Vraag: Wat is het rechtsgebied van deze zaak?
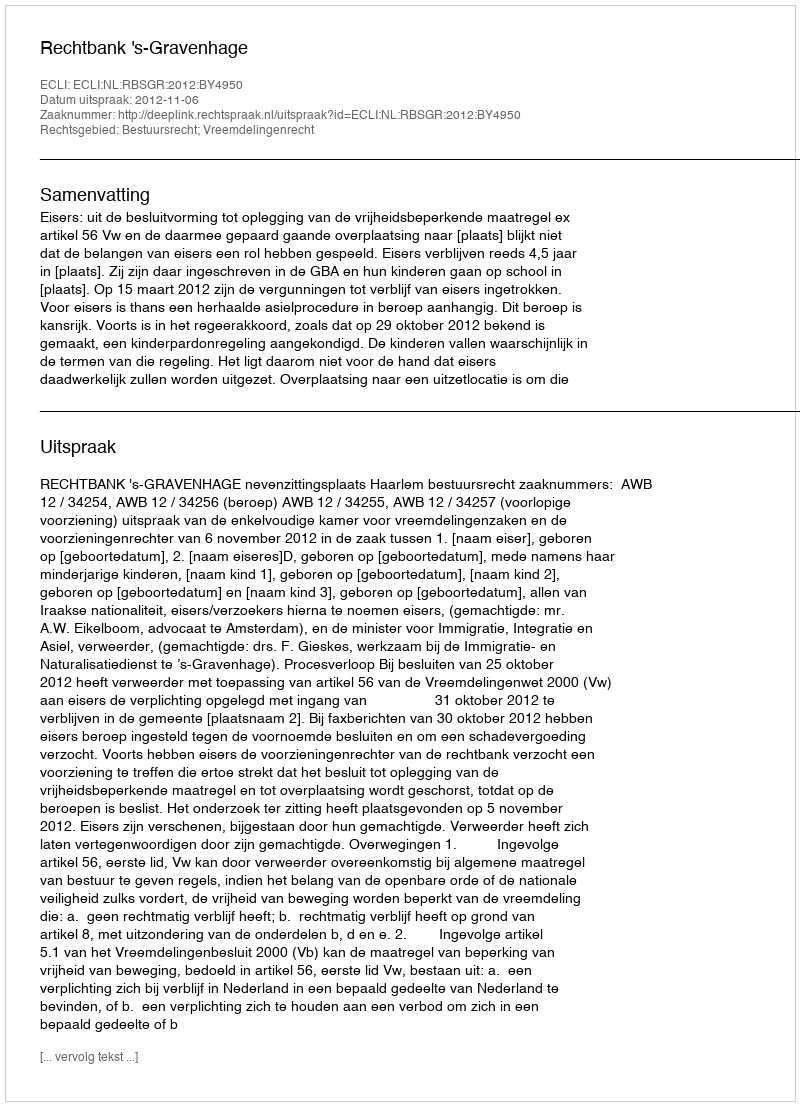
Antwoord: Bestuursrecht; Vreemdelingenrecht